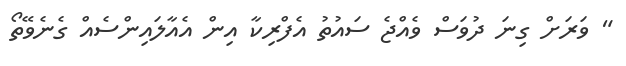
" ވަރަށް ގިނަ ދުވަސް ވެއްޖެ ސައުތު އެފްރިކާ އިން އެއާލައިންސެއް ގެނެވޭތޯ